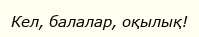
Кел, балалар, оқылық!